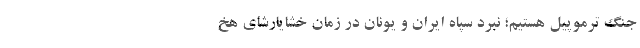
جنگ‌‌ ترموپیل هستیم؛ نبرد سپاه ایران و یونان در زمان خشایارشای هخ